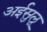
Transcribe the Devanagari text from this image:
अईसुलू